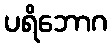
ပရိဘောဂ